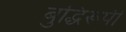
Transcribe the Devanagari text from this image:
बुद्धिरूपी